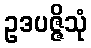
ဥဒပဇ္ဇိသုံ